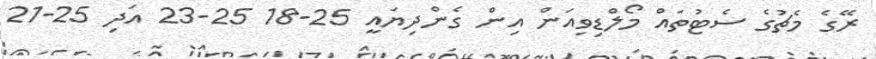
ރޭގެ މެޗުގެ ސެޓުތައް މޯލްޑިވިއަން އިން ގެންދިޔައީ 25-18 25-23 އަދި 25-21